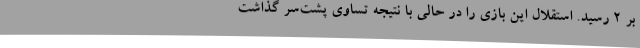
بر 2 رسید. استقلال این بازی را در حالی با نتیجه تساوی پشت‌سر گذاشت